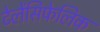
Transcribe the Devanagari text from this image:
टेलेंसिफेलिक